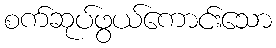
စက်ဆုပ်ဖွယ်ကောင်းသော